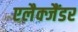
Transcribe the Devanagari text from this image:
एलैक्जैंडर